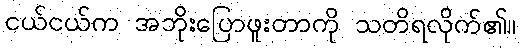
ငယ်ငယ်က အဘိုးပြောဖူးတာကို သတိရလိုက်၏။